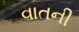
વાતની